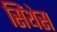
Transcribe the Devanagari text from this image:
सिंथेस